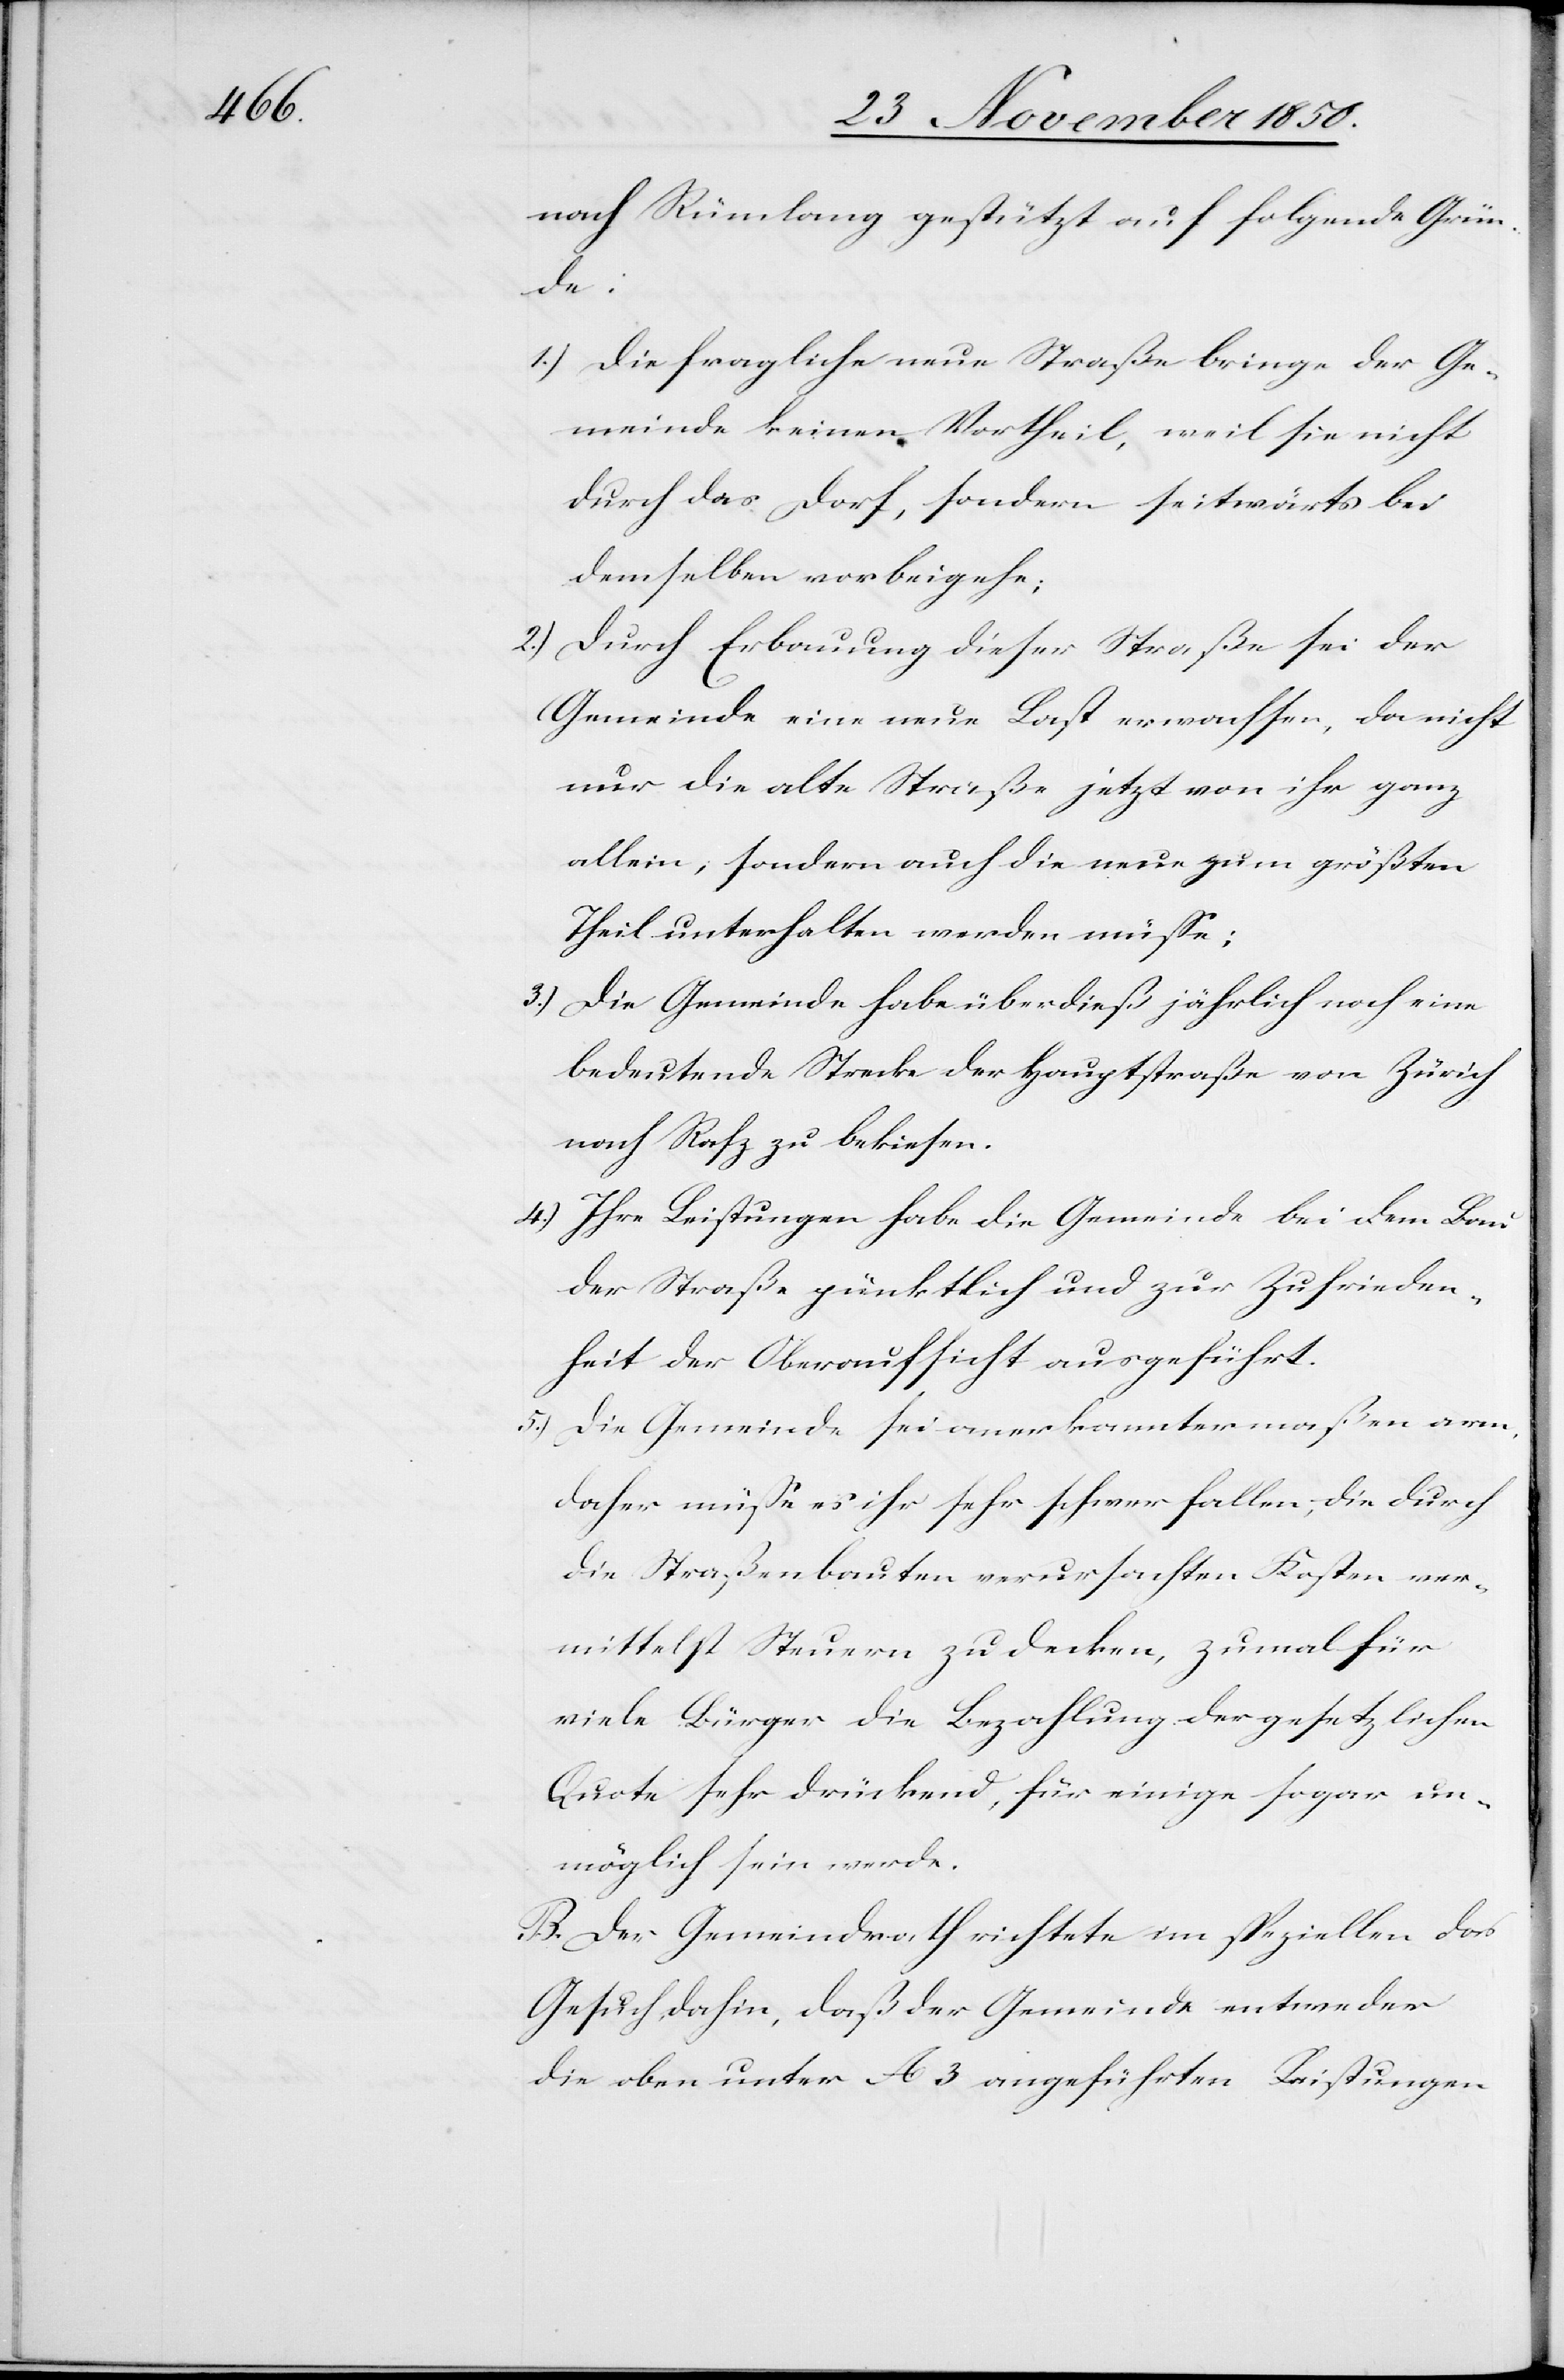
nach Rümlang gestützt auf folgende Grün¬
de:
1.) Die fragliche neue Straße bringe der Ge¬
meinde keinen Vortheil, weil sie nicht
durch das Dorf, sondern seitwärts bei
demselben vorbeigehe;
2.) Durch Erbauung dieser Straße sei der
Gemeinde eine neue Last erwachsen, da nicht
nur die alte Straße jetzt von ihr ganz
allein; sondern auch die neue zum größten
Theil unterhalten werden müsse,
3.) Die Gemeinde habe überdieß jährlich noch eine
bedeutende Strecke der Hauptstraße von Zürich
nach Rafz zu bekiesen.
4.) Ihre Leistungen habe die Gemeinde bei dem Bau
der Straße pünktlich und zur Zufrieden¬
heit der Oberaufsicht ausgeführt.
5.) Die Gemeinde sei anerkanntermaßen arm,
daher müsse es ihr sehr schwer fallen, die durch
die Straßenbauten verursachten Kosten ver¬
mittelst Steuern zu decken, zumal für
viele Bürger die Bezahlung der gesetzlichen
Quote sehr drückend, für einige sogar un¬
möglich sein werde.
B. Der Gemeindrath richtete im speziellen das
Gesuch dahin, daß der Gemeinde entweder
die oben unter A 3 angeführten Leistungen